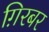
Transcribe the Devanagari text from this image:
ग़िरबर